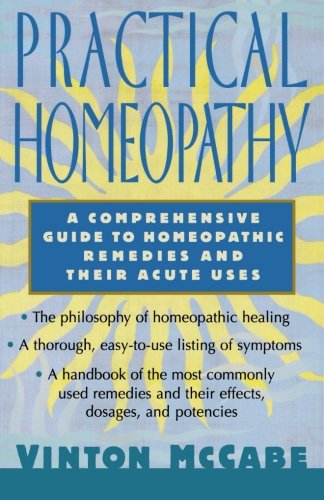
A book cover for Practical Homeopathy; Vinton McCabe; Health, Fitness & Dieting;